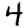
Digit: 4